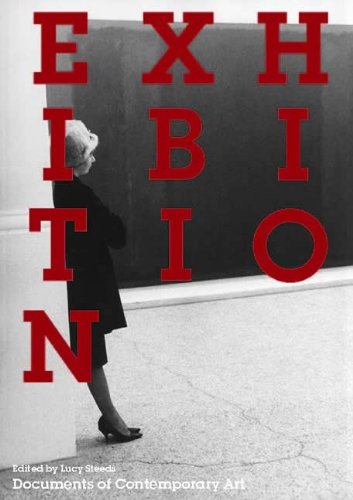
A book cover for Exhibition (Whitechapel: Documents of Contemporary Art); Politics & Social Sciences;